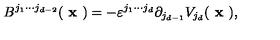
B ^ { j _ { 1 } \cdots j _ { d - 2 } } ( \textbf { x } ) = - \varepsilon ^ { j _ { 1 } \cdots j _ { d } } \partial _ { j _ { d - 1 } } V _ { j _ { d } } ( \textbf { x } ) ,